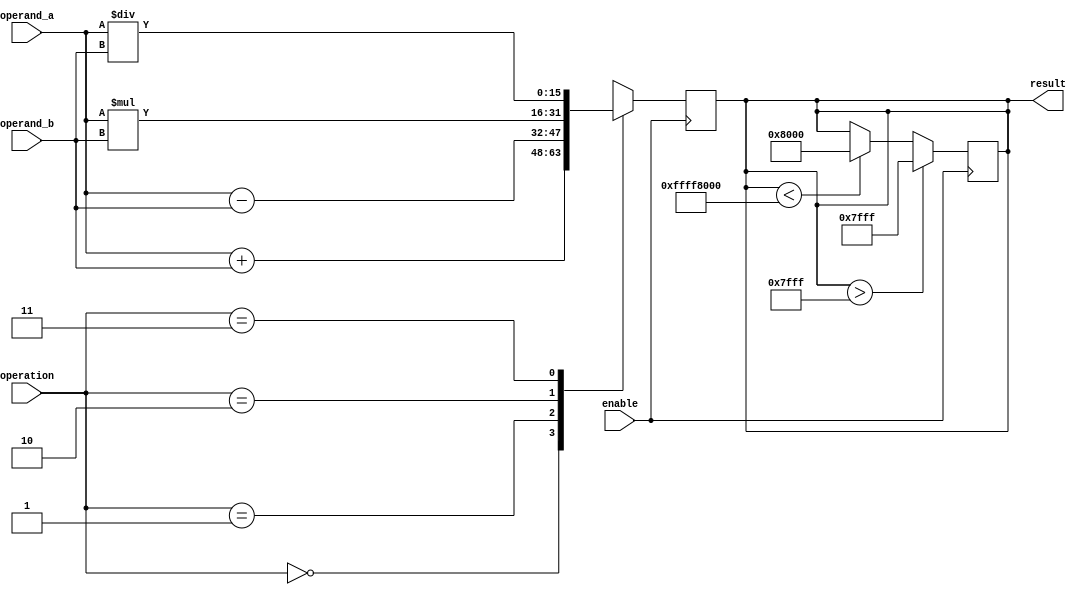
module half_precision_fpu (
    input wire [15:0] operand_a,
    input wire [15:0] operand_b,
    input wire enable,
    input wire [1:0] operation,
    output reg [15:0] result
);

// Arithmetic blocks
always @ (posedge enable)
begin
    case (operation)
        2'b00: // Addition
            result <= operand_a + operand_b;
        2'b01: // Subtraction
            result <= operand_a - operand_b;
        2'b10: // Multiplication
           result <= operand_a * operand_b;
        2'b11: // Division
            result <= operand_a / operand_b;
    endcase
end

// Rounding logic
always @ (posedge enable)
begin
    if (result > 32767) // Overflow condition
        result <= 32767;
    else if (result < -32768) // Underflow condition
        result <= -32768;
end

// Control unit
// Additional control logic can be added here

endmodule